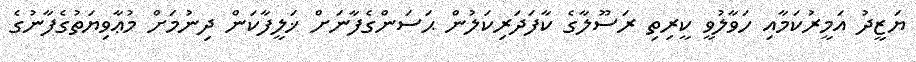
ޔަޒީދު އަމީރުކަމާއި ހަވާލުވީ ކީރިތި ރަސޫލާގެ ކާފަދަރިކަލުން ޙަސަންގެފާނަށް ޚަލީފާކަން ދިނުމަށް މުޢާވިޔަތުގެފާނުގެ